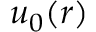
u _ { 0 } ( r )